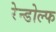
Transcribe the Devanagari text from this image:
रेन्डोल्फ